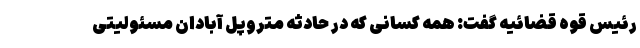
رئیس قوه قضائیه گفت: همه کسانی که در حادثه متروپل آبادان مسئولیتی